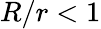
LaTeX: R/r<1